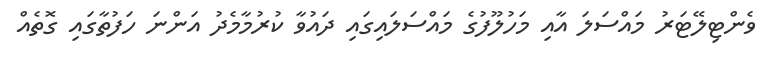
ވެންޓިލޭޓަރު މައްސަލަ އާއި މަހުލޫފުގެ މައްސަލައިގައި ދައުވާ ކުރުމާމެދު އަންނަ ހަފުތާގައި ގޮތެއް